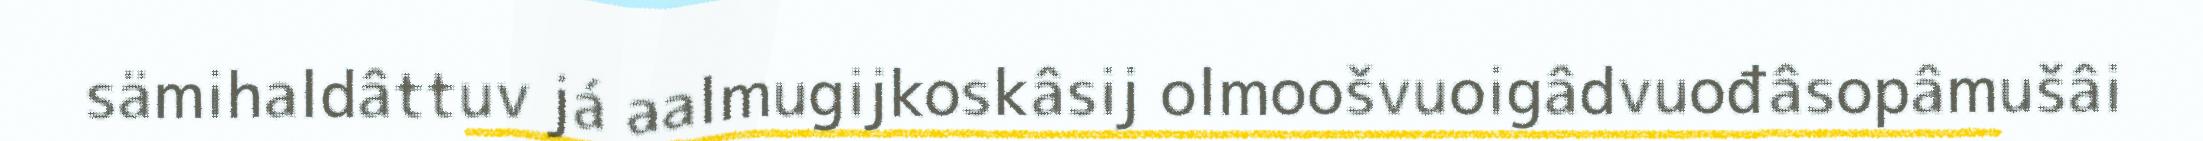
sämihaldâttuv já aalmugijkoskâsij olmoošvuoigâdvuođâsopâmušâi